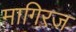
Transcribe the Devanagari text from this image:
मागिरज